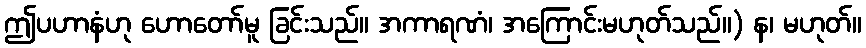
ဤပဟာနံဟု ဟောတော်မူ ခြင်းသည်။ အကာရဏံ၊ အကြောင်းမဟုတ်သည်။) န၊ မဟုတ်။